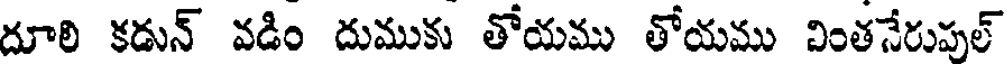
దూలి కడున్ వడిం దుముకు తోయము తోయము వింతనేరుపుల్